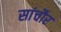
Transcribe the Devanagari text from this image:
सांचौर